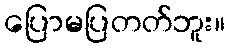
ပြောမပြတတ်ဘူး။